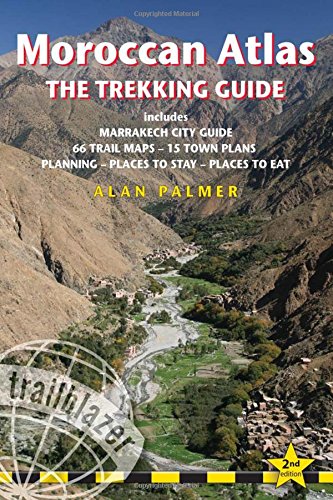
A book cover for Moroccan Atlas - The Trekking Guide: Planning, places to stay, places to eat; 44 trail maps and 10 town plans; includes Marrakech city guide; Alan Palmer; Travel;